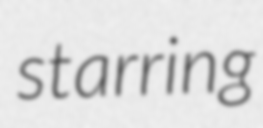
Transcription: starring